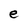
Character: e